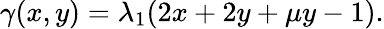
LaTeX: \gamma(x,y)=\lambda_{1}(2x+2y+\mu y-1).